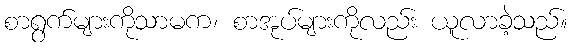
စာရွက်များကိုသာမက၊ စာအုပ်များကိုလည်း ယူလာခဲ့သည်။